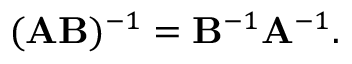
( \mathbf { A } \mathbf { B } ) ^ { - 1 } = \mathbf { B } ^ { - 1 } \mathbf { A } ^ { - 1 } .